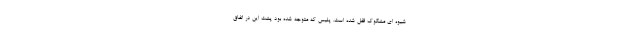
شیوه ای مشکوک قفل شده است. پلیس که متوجه شده بود پشت این در اتفاق